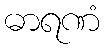
ဓာရဏံ